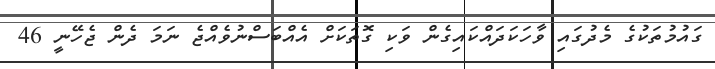
ގައުމުތަކުގެ މެދުގައި ވާހަކަދައްކައިގެން ވަކި ގޮތަކަށް އެއްބަސްނުވެއްޖެ ނަމަ ދެން ޖެހޭނީ 46